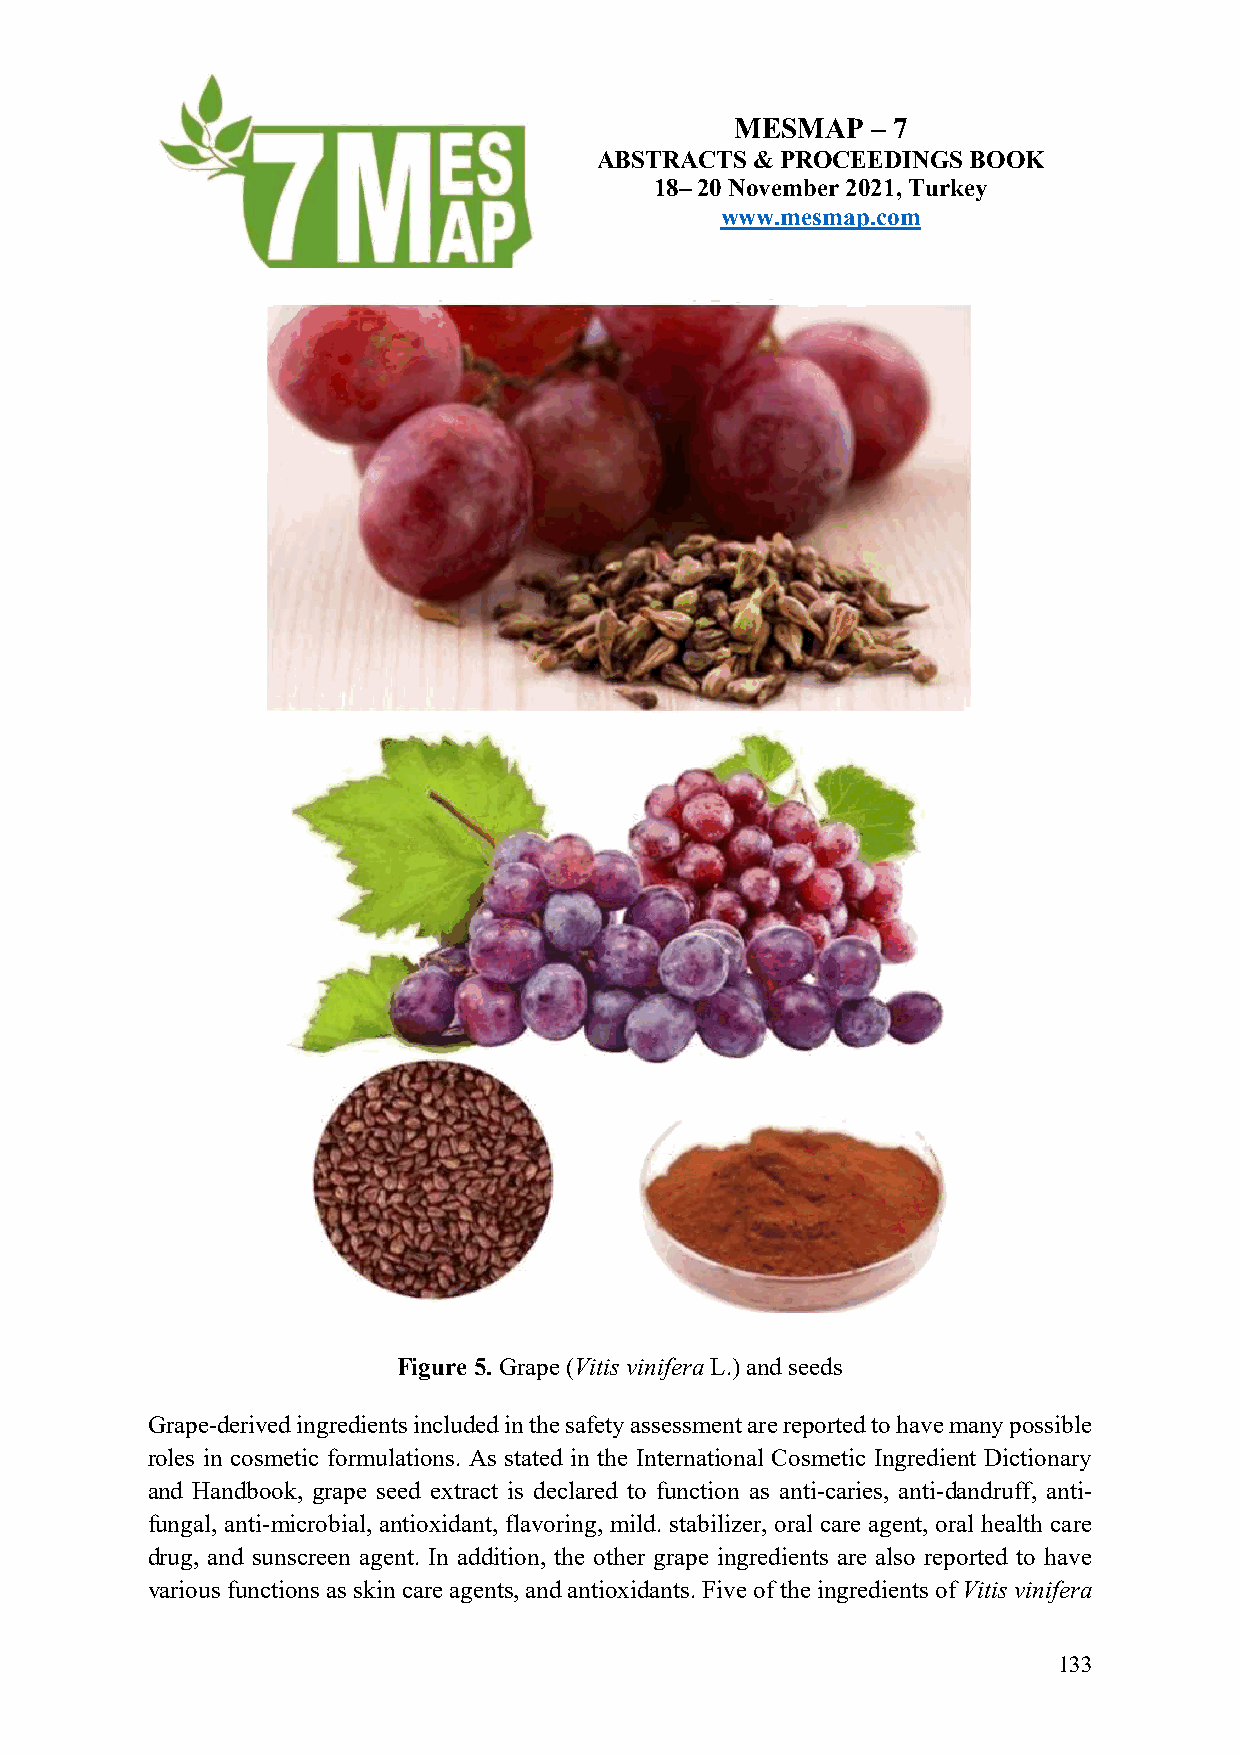
MESMAP   – 7
 ABSTRACTS  & PROCEEDINGS BOOK
 18– 20 November 2021, Turkey
 www.mesmap.com
 Figure 5. Grape (Vitis vinifera L.) and seeds
 Grape-derived ingredients included in the safety assessment are reported to have many possible
 roles in cosmetic formulations. As stated in the International Cosmetic Ingredient Dictionary
 and Handbook, grape seed extract is declared to function as anti-caries, anti-dandruff, anti-
 fungal, anti-microbial, antioxidant, flavoring, mild. stabilizer, oral care agent, oral health care
 drug, and sunscreen agent. In addition, the other grape ingredients are also reported to have
 various functions as skin care agents, and antioxidants. Five of the ingredients of Vitis vinifera
 133